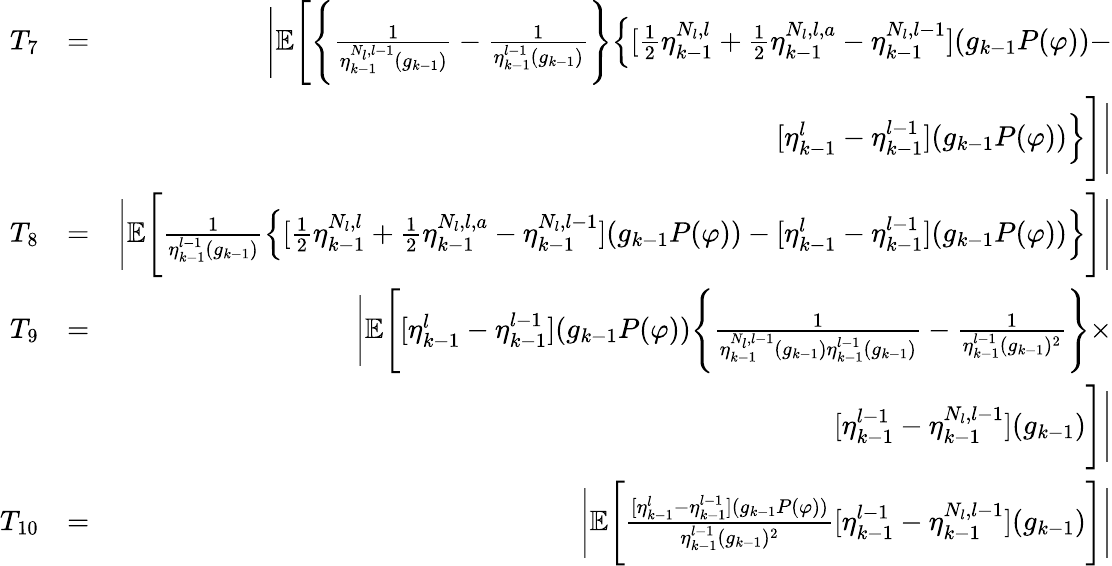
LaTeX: \begin{array}{rlr}{T_{7}}&{=}&{\Bigg|\mathbb{E}\Bigg[\Bigg\{ \frac{1}{\eta_{k-1}^{N_{l},l-1}(g_{k-1})}-\frac{1}{\eta_{k-1}^{l-1}(g_{k-1})}\Bigg\} \Big\{ [\frac{1}{2}\eta_{k-1}^{N_{l},l}+\frac{1}{2}\eta_{k-1}^{N_{l},l,a}-\eta_{k-1}^{N_{l},l-1}](g_{k-1}P(\varphi))-}\\ &{}&{[\eta_{k-1}^{l}-\eta_{k-1}^{l-1}](g_{k-1}P(\varphi))\Big\} \Bigg]\Bigg|}\\ {T_{8}}&{=}&{\Bigg|\mathbb{E}\Bigg[\frac{1}{\eta_{k-1}^{l-1}(g_{k-1})}\Big\{ [\frac{1}{2}\eta_{k-1}^{N_{l},l}+\frac{1}{2}\eta_{k-1}^{N_{l},l,a}-\eta_{k-1}^{N_{l},l-1}](g_{k-1}P(\varphi))-[\eta_{k-1}^{l}-\eta_{k-1}^{l-1}](g_{k-1}P(\varphi))\Big\} \Bigg]\Bigg|}\\ {T_{9}}&{=}&{\Bigg|\mathbb{E}\Bigg[[\eta_{k-1}^{l}-\eta_{k-1}^{l-1}](g_{k-1}P(\varphi))\Bigg\{ \frac{1}{\eta_{k-1}^{N_{l},l-1}(g_{k-1})\eta_{k-1}^{l-1}(g_{k-1})}-\frac{1}{\eta_{k-1}^{l-1}(g_{k-1})^{2}}\Bigg\} \times}\\ &{}&{[\eta_{k-1}^{l-1}-\eta_{k-1}^{N_{l},l-1}](g_{k-1})\Bigg]\Bigg|}\\ {T_{10}}&{=}&{\Bigg|\mathbb{E}\Bigg[\frac{[\eta_{k-1}^{l}-\eta_{k-1}^{l-1}](g_{k-1}P(\varphi))}{\eta_{k-1}^{l-1}(g_{k-1})^{2}}[\eta_{k-1}^{l-1}-\eta_{k-1}^{N_{l},l-1}](g_{k-1})\Bigg]\Bigg|}\end{array}